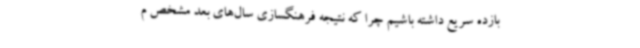
بازده سریع داشته باشیم چرا که نتیجه فرهنگسازی‌ سال‌های بعد مشخص م